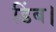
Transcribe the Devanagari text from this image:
डिंब।